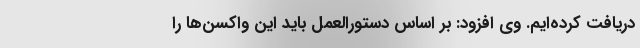
دریافت کرده‌ایم. وی افزود: بر اساس دستورالعمل باید این واکسن‌ها را